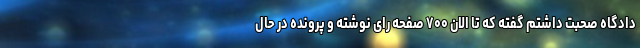
دادگاه صحبت داشتم گفته که تا الان ۷۰۰ صفحه رای نوشته و پرونده در حال